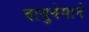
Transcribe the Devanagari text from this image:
वायुवेगाने